Etiology and epidemiology of plague
Disease focus: Plague
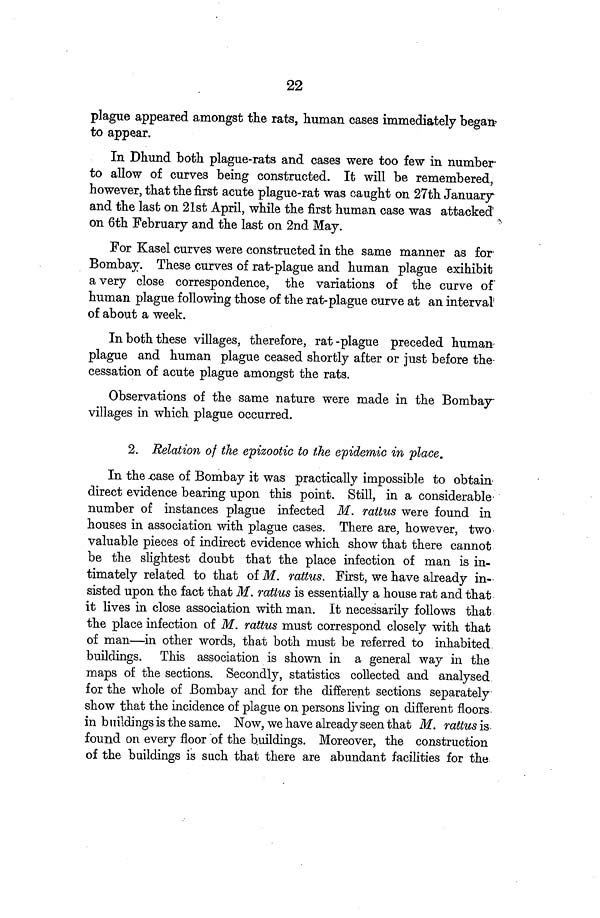
22
plague appeared amongst the rats, human cases immediately began
to appear.
In Dhund both plague-rats and cases were too few in number
to allow of curves being constructed. It will be remembered,
however, that the first acute plague-rat was caught on 27th January
and the last on 21st April, while the first human case was attacked
on 6th February and the last on 2nd May.
For Kasel curves were constructed in the same manner as for
Bombay. These curves of rat-plague and human plague exihibit
a very close correspondence, the variations of the curve of
human plague following those of the rat-plague curve at an interval
of about a week.
In both these villages, therefore, rat-plague preceded human
plague and human plague ceased shortly after or just before the
cessation of acute plague amongst the rats.
Observations of the same nature were made in the Bombay
villages in which plague occurred.
2. Relation of the epizootic to the epidemic in place.
In the case of Bombay it was practically impossible to obtain
direct evidence bearing upon this point. Still, in a considerable
number of instances plague infected M. rattus were found in
houses in association with plague cases. There are, however, two
valuable pieces of indirect evidence which show that there cannot
be the slightest doubt that the place infection of man is in-
timately related to that of M. rattus. First, we have already in-
sisted upon the fact that M. rattus is essentially a house rat and that
it lives in close association with man. It necessarily follows that
the place infection of M. rattus must correspond closely with that
of man—in other words, that both must be referred to inhabited
buildings. This association is shown in a general way in the
maps of the sections. Secondly, statistics collected and analysed
for the whole of Bombay and for the different sections separately
show that the incidence of plague on persons living on different floors
in buildings is the same. Now, we have already seen that M. rattus is
found on every floor of the buildings. Moreover, the construction
of the buildings is such that there are abundant facilities for the